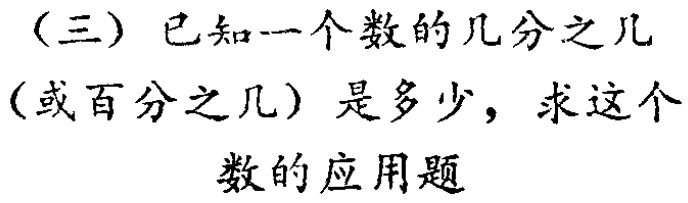
（三）已知一个数的几分之几（或百分之几）是多少，求这个数的应用题